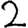
Digit: 2